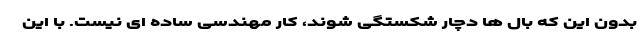
بدون این که بال ها دچار شکستگی شوند، کار مهندسی ساده ای نیست. با این